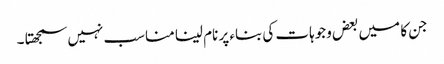
جن کا میں بعض وجوہات کی بناء پر نام لینا مناسب نہیں سمجھتا ۔